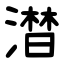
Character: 澘